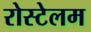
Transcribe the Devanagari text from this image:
रोस्टेलम